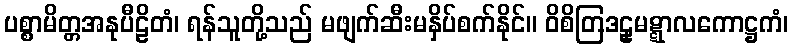
ပစ္စာမိတ္တအနုပီဠိတံ၊ ရန်သူတို့သည် မဖျက်ဆီးမနှိပ်စက်နိုင်။ ဝိစိတြဒဠှမဋ္ဋာလကောဋ္ဌကံ၊